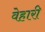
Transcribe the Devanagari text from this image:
वेहारी